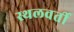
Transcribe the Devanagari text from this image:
स्थलवर्ती